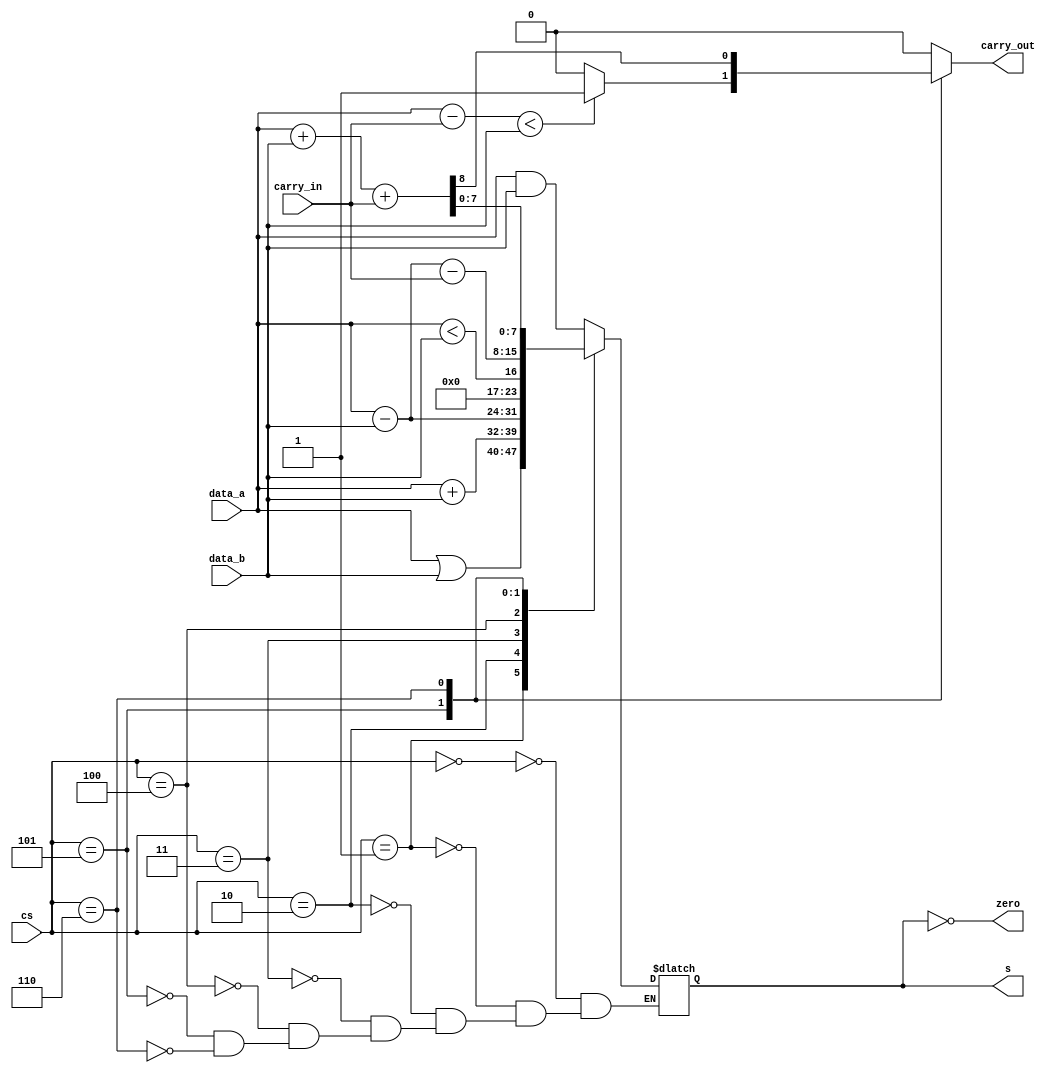
module alu (
    data_a, data_b, cs, carry_in,
    s, zero, carry_out
);

input [7:0] data_a;
input [7:0] data_b;
input [2:0] cs;
input carry_in;

output reg [7:0] s;
output reg zero;
output reg carry_out;

parameter   AND = 3'b000,
            OR = 3'b001,
            ADD = 3'b010,
            SUB = 3'b011,
            SLT = 3'b100,
            SUBC= 3'b101,
            ADDC= 3'b110; 

always @(*) 
begin
    carry_out <= 0;

    case (cs)
    AND: begin
        s <= data_a & data_b;
    end
    OR: begin
        s <= data_a | data_b;
    end
    ADD: begin
        s <= data_a + data_b;
    end
    SUB: begin
        s <= data_a - data_b;
    end
    SLT: begin
        s <= (data_a < data_b);
    end
    SUBC: begin
        if (data_a - carry_in < data_b) //
        begin
            carry_out <= 1;
        end
        s <= {carry_out, data_a} - data_b - carry_in;
    end
    ADDC: begin
        {carry_out, s} <= data_a + data_b + carry_in;
    end
    endcase  

    //  zero 
    zero <= (s == 8'b00000000);
end
    
endmodule